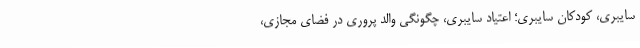
سایبری، کودکان سایبری؛ اعتیاد سایبری، چگونگی والد پروری در فضای مجازی،